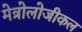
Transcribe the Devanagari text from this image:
मेत्रोलोजीकल